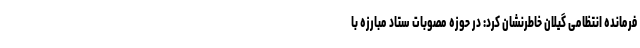
فرمانده انتظامی گیلان خاطرنشان کرد: در حوزه مصوبات ستاد مبارزه با